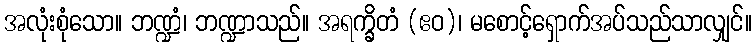
အလုံးစုံသော။ ဘဏ္ဍံ၊ ဘဏ္ဍာသည်။ အရက္ခိတံ (ဧဝ)၊ မစောင့်ရှောက်အပ်သည်သာလျှင်။